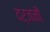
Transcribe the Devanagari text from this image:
दर्जनौं